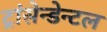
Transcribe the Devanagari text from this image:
ट्रांसेन्डेन्टल